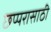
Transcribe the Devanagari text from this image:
छप्परासाठी